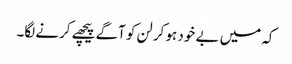
کہ میں بے خود ہو کر لن کو آگے پیچھے کرنے لگا۔